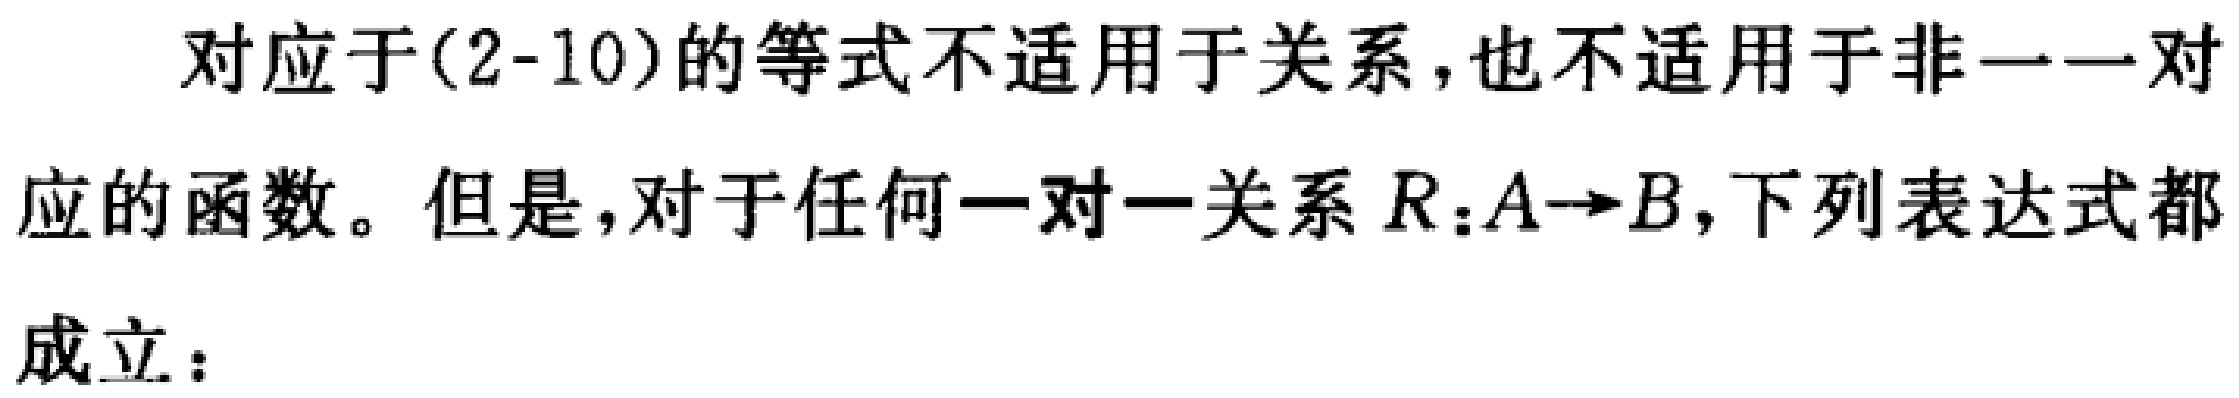
对应于(2-10)的等式不适用于关系，也不适用于非一一对应的函数。但是，对于任何一对一关系\(R:A\rightarrow B\)，下列表达式都成立：